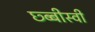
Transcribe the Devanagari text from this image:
छ्ब्बीस्वी